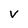
Character: V